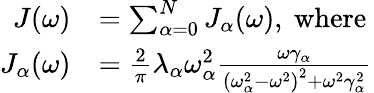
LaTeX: \begin{array}{rl}{J(\omega)}&{=\sum_{\alpha=0}^{N}J_{\alpha}(\omega),\mathrm{~where~}}\\ {J_{\alpha}(\omega)}&{=\frac{2}{\pi}\lambda_{\alpha}\omega_{\alpha}^{2}\frac{\omega\gamma_{\alpha}}{\left(\omega_{\alpha}^{2}-\omega^{2}\right)^{2}+\omega^{2}\gamma_{\alpha}^{2}}}\end{array}